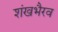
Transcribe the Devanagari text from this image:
शंखभैरव